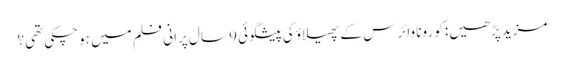
مزید پڑھیں: کورونا وائرس کے پھیلاؤ کی پیشگوئی 9 سال پرانی فلم میں ہوچکی تھی؟